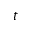
t